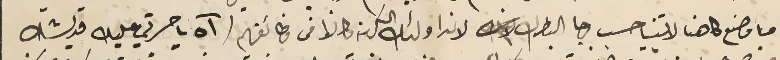
ما وضع كاهنا لاتنيا حسب رجا البطرك لان اولئك الكهنه كانوا فى وظائفهم (آه يا حسرتي عليك قديشك